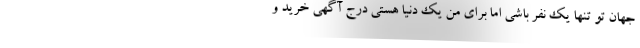
جهان تو تنها یک نفر باشی اما برای من یک دنیا هستی درج آگهی خرید و